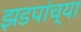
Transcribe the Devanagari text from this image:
झडपांच्या